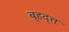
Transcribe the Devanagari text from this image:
बृहद्त्त